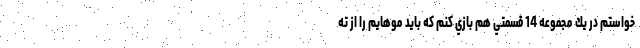
‌خواستم در يك مجموعه 14 قسمتي هم بازي كنم كه بايد موهايم را از ته